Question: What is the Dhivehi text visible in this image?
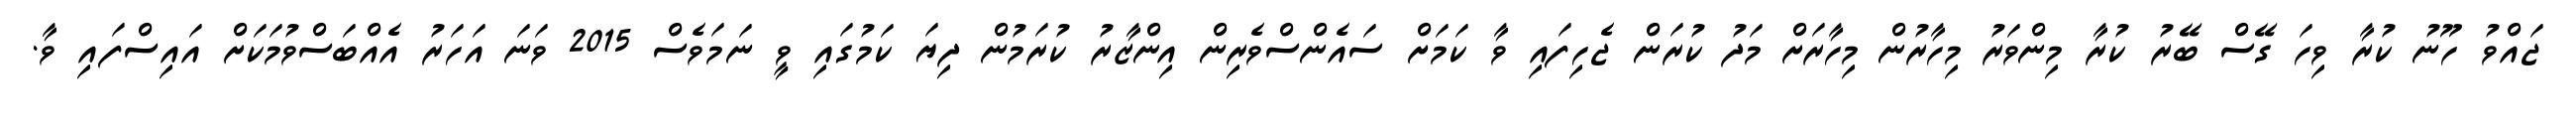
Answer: ޖައްވު ހޫނު ކުރާ ވިހަ ގޭސް ބޭރު ކުރާ މިންވަރު މިހާރުން މިހާރަށް މަދު ކުރަން ޖެހިފައި ވާ ކަމަށް ސައެންސްވެރިން އިންޒާރު ކުރަމުން ދިޔަ ކަމުގައި ވީ ނަމަވެސް 2015 ވަނަ އަހަރު އެއްބަސްވުމަކަށް އައިސްފައި ވާ.